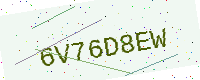
Text: 6V76D8EW